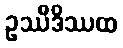
ဥဿီဒိဿထ